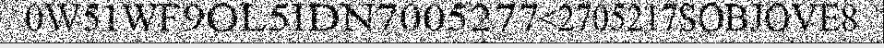
0W51WF9OL5IDN7005277<2705217SOBJOVE8